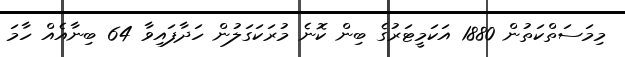
މިމަސަތްކަތުން 1880 އަކަމީޓަރުގެ ބިން ކޮނެ މުރަކަގަލުން ހަދާފައިވާ 64 ބިނާއެއް ހާމަ